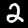
Digit: 2